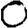
Digit: 0